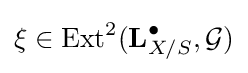
\xi \in {\text{Ext}}^{2}(\mathbf {L} _{X/S}^{\bullet },{\mathcal {G}})